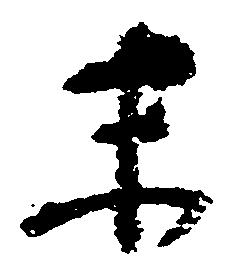
末